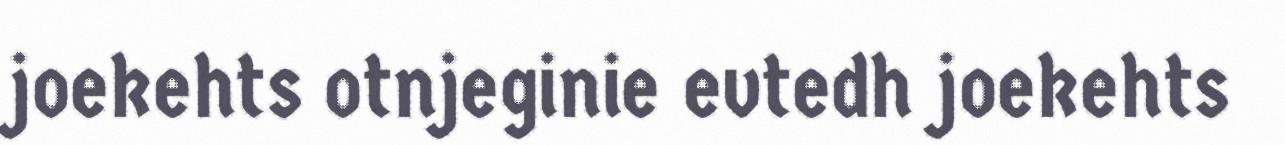
joekehts otnjeginie evtedh joekehts